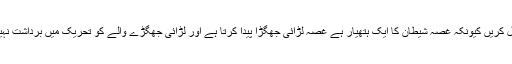
غصہ پر کنٹرول کریں کیونکہ غصہ شیطان کا ایک ہتھیار ہے غصہ لڑائی جھگڑا پیدا کرتا ہے اور لڑائی جھگڑے والے کو تحریک میں برداشت نہیں کیا جائے گا۔